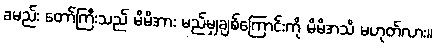
ခမည်း တော်ကြီးသည် မိမိအား မည်မျှချစ်ကြောင်းကို မိမိအသိ မဟုတ်လား။